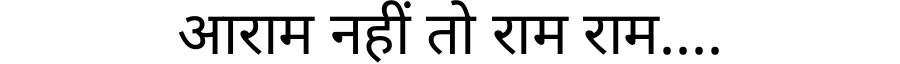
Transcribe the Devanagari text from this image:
आराम नहीं तो राम राम....